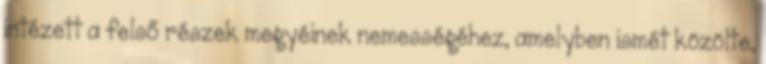
intézett a felső részek megyéinek nemességéhez, amelyben ismét közölte,